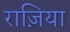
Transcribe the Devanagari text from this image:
राज़िया